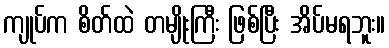
ကျုပ်က စိတ်ထဲ တမျိုးကြီး ဖြစ်ပြီး အိပ်မရဘူး။